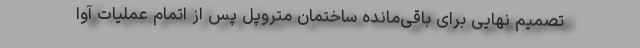
تصمیم نهایی برای باقی‌مانده ساختمان متروپل پس از اتمام عملیات آوا